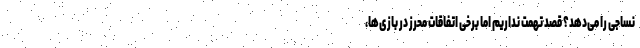
نساجی را می‌دهد؟ قصد تهمت نداریم اما برخی اتفاقات محرز در بازی‌ها،